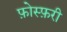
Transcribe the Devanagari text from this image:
फ़ोस्फ़री